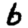
Digit: 6